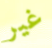
غير